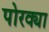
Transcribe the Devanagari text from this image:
पोरक्या